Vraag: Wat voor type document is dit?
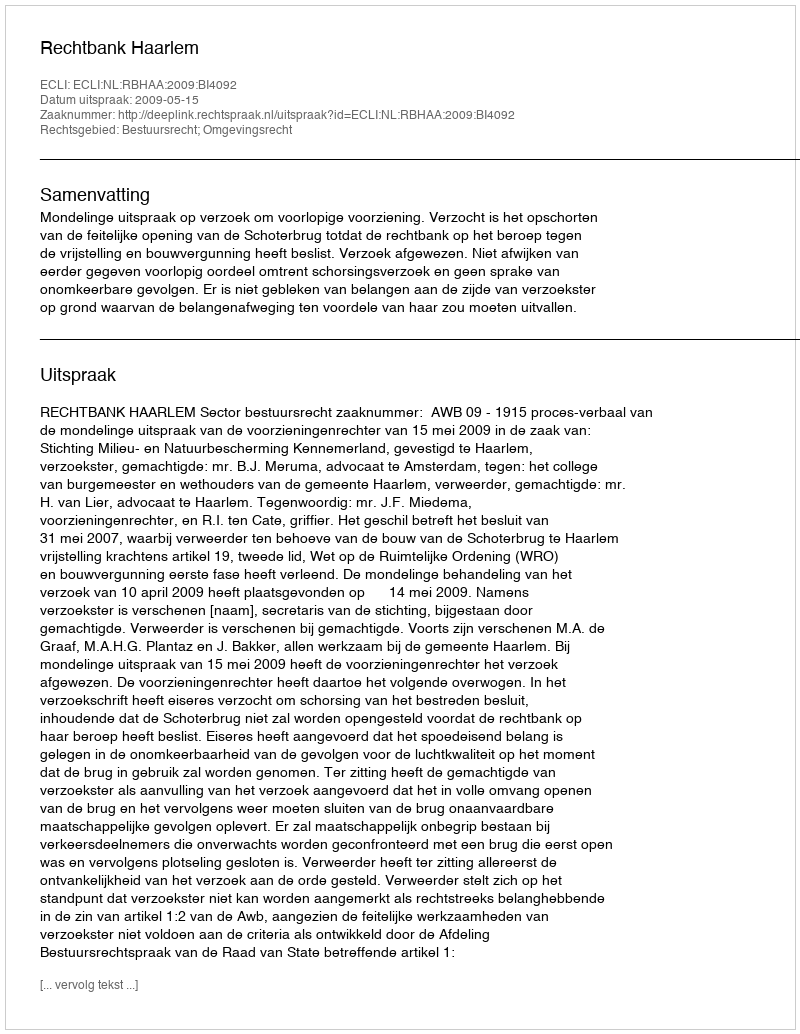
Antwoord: Uitspraak